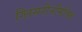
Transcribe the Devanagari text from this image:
ग्लिसरीनमिश्रित